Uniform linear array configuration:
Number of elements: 8
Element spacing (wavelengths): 0.75
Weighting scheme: hann
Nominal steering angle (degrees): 45
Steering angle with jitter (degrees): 46.859
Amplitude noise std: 0.05
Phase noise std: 0.05

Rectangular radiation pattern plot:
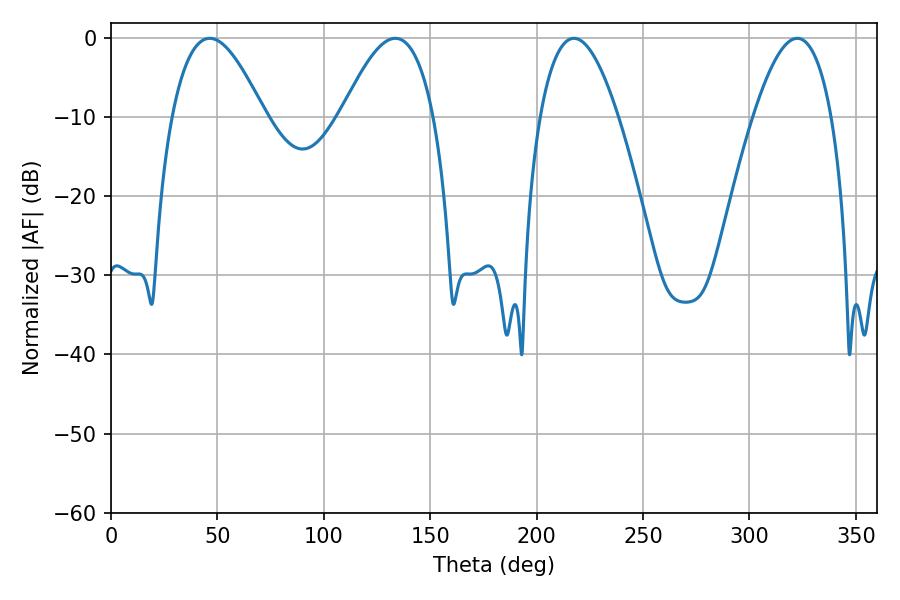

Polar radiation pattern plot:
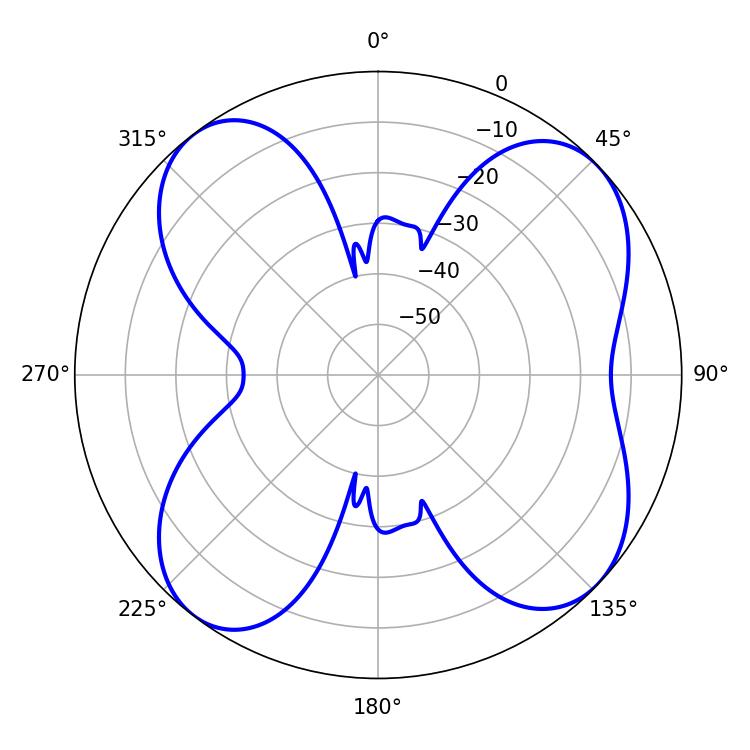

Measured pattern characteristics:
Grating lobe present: TRUE
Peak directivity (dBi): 9.763
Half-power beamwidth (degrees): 23.58
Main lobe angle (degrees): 46.44